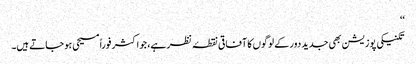
‘‘
تکنیکی پوزیشن بھی جدید دور کے لوگوں کا آفاقی نقطۂ نظر ہے، جو اکثر فوراً مسیحی ہو جاتے ہیں۔